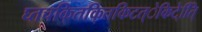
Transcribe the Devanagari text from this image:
घ्तचकि्तकि्तकिटत्ेकिटे्ति्ि